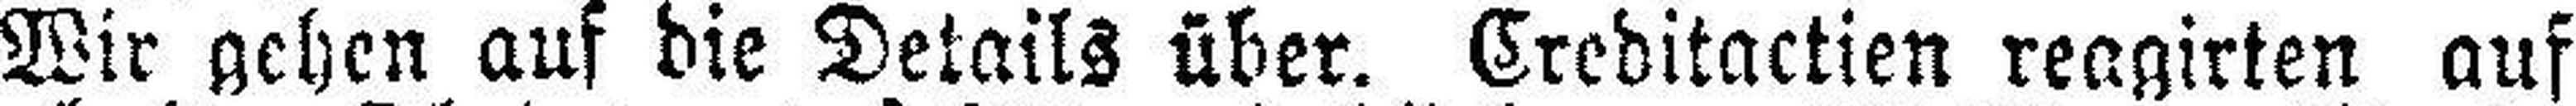
Wir gehen auf die Details über. Creditactien reagirten auf